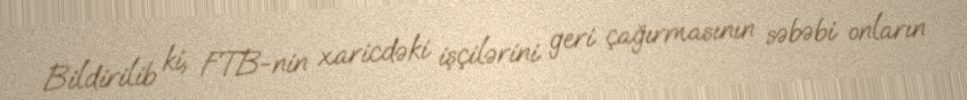
Bildirilib ki, FTB-nin xaricdəki işçilərini geri çağırmasının səbəbi onların